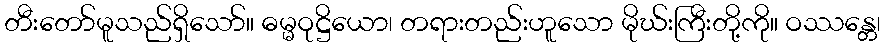
တီးတော်မူသည်ရှိသော်။ ဓမ္မဝုဋ္ဌိယော၊ တရားတည်းဟူသော မိုဃ်းကြီးတို့ကို။ ဝဿန္တေ၊